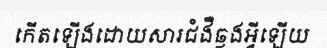
កើតឡើងដោយសារជំងឺឆ្លងអ្វីឡើយ